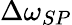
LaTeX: \Delta\omega_{SP}